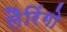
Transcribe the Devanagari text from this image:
लैरिंगो